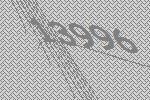
13996